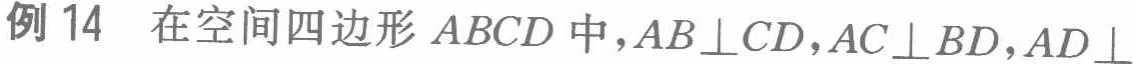
例 14 在空间四边形 \(ABCD\) 中，\(AB\perp CD\)，\(AC\perp BD\)，\(AD\perp\)